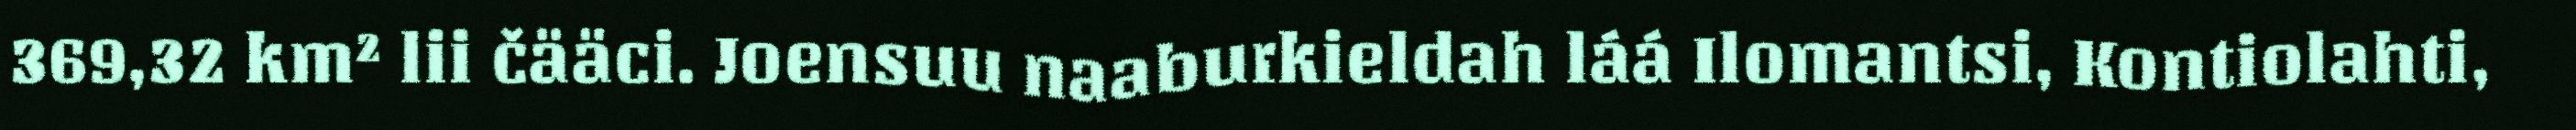
369,32 km² lii čääci. Joensuu naaburkieldah láá Ilomantsi, Kontiolahti,